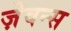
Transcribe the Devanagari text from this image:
ज़ेवन्स